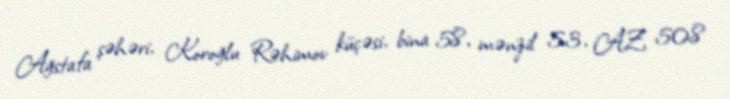
Ağstafa şəhəri, Koroğlu Rəhimov küçəsi, bina 58, mənzil 53, AZ 508